Report on the working of the Ranchi Indian Mental Hospital, Kanke, in Bihar and Orissa - 1930-1940
Year: 1930
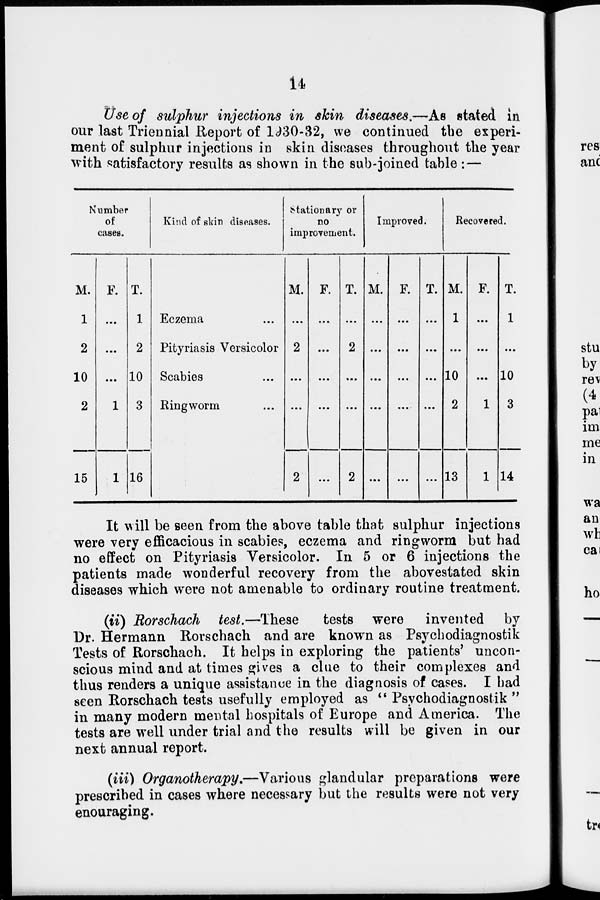
14
Use of sulphur injections in skin diseases.—As stated in
our last Triennial Report of 1930-32, we continued the experi-
ment of sulphur injections in skin diseases throughout the year
with satisfactory results as shown in the sub-joined table : —
Number
of
cases.
M.
1
2
10
2
15
F.
...
...
...
1
1
T.
1
2
10
3
16
Kind of skin diseases.
Eczema ...
Pityriasis Versicolor
Scabies ...
Ringworm ...
Stationary or
no
improvement.
M.
...
2
...
...
2
F.
...
...
...
...
...
T.
...
2
...
...
2
Improved.
M.
...
...
...
...
...
F.
...
...
...
...
...
T.
...
...
...
...
...
Recovered.
M.
1
...
10
2
13
F.
...
...
...
1
1
T.
1
...
10
3
14
It will be seen from the above table that sulphur injections
were very efficacious in scabies, eczema and ringworm but had
no effect on Pityriasis Versicolor. In 5 or 6 injections the
patients made wonderful recovery from the abovestated skin
diseases which were not amenable to ordinary routine treatment.
(ii) Rorschach test.—These
tests were invented by
Dr. Hermann Rorschach and are known as Psychodiagnostik
Tests of Rorschach. It helps in exploring the patients' uncon-
scious mind and at times gives a clue to their complexes and
thus renders a unique assistance in the diagnosis of cases. I had
seen Rorschach tests usefully employed as " Psychodiagnostik "
in many modern mental hospitals of Europe and America. The
tests are well under trial and the results will be given in our
next annual report.
(iii) Organotherapy.—Various glandular preparations were
prescribed in cases where necessary but the results were not very
enouraging.